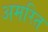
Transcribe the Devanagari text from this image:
अमरित